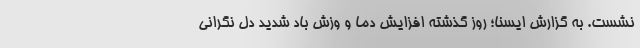
نشست. به گزارش ایسنا؛ روز گذشته افزایش دما و وزش باد شدید دل نگرانی